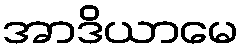
အာဒိယာမေ